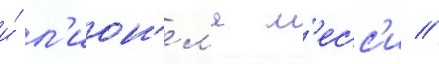
и́ л'ион'ел'я м'есс'и //